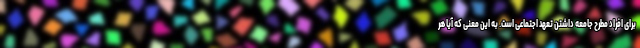
برای افراد مطرح جامعه داشتن تعهد اجتماعی است. به این معنی که آیا هر